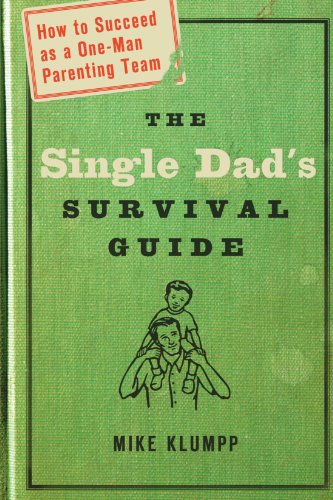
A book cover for The Single Dad's Survival Guide: How to Succeed as a One-Man Parenting Team; Michael A. Klumpp; Parenting & Relationships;